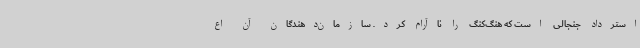
استرداد جنجالی است که هنگ‌کنگ را ناآرام کرد. سازمان‌دهندگان آن اع